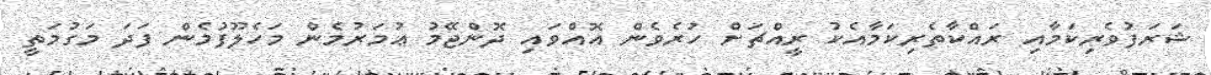
ޝަރަފުވެރިކަމާއި ރައްކާތެރިކަމާއެކު ރީއްޗަށް ހުރެވެން އޮއްވައި ދޮންޖޭމު ޢުމަރުމެން މަހެލޫފުމެން ފަދަ މަގުމަތީ